Sketch of the medical history of the native army of Bombay, for the year
Year: 1872
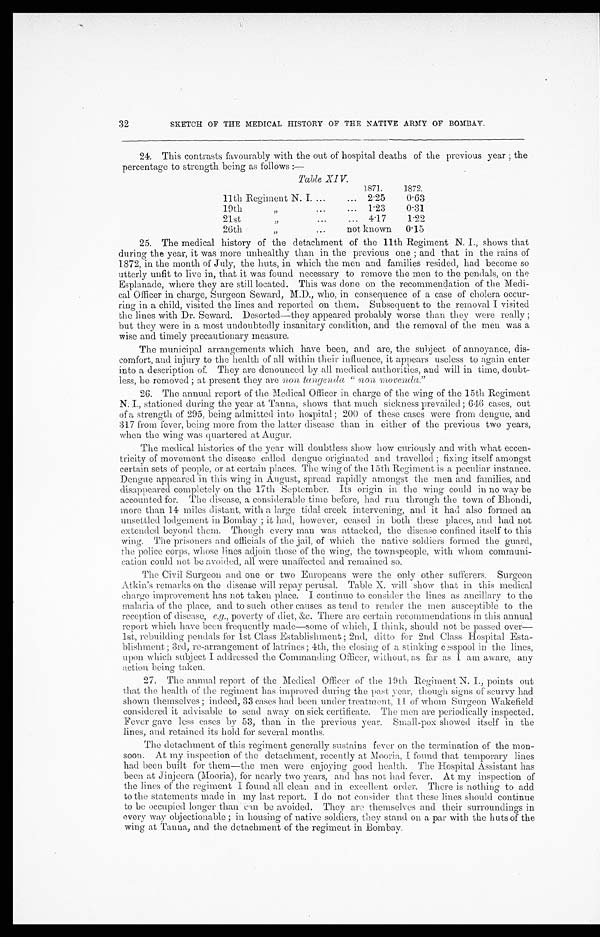
32
SKETCH OF THE MEDICAL HISTORY OF THE NATIVE ARMY OF BOMBAY.
24. This contrasts favourably with the out of hospital deaths of the previous year; the
percentage to strength being as follows:—
Table XI V.
11th Regiment N. I. . . .
1871.
1872.
2.25
0.63
19th " . . .
1.23
0.31
21st " . . .
4.17
1.22
26th " not known
0.15
25. The medical history of the detachment of the 11th Regiment N. I., shows that
during the year, it was more unhealthy than in the previous one; and that in the rains of
1872, in the month of July, the huts, in which the men and families resided, had become so
utterly unfit to live in, that it was found necessary to remove the men to the pendals, on the
Esplanade, where they are still located. This was done on the recommendation of the Medi
-
cal Officer in charge, Surgeon Seward, M.D., who, in consequence of a case of cholera occur
-
ring in a child, visited the lines and reported on them. Subsequent to the removal I visited
the lines with Dr. Seward. Deserted—they appeared probably worse than they were really ;
but they were in a most undoubtedly insanitary condition, and the removal of the men was a
wise and timely precautionary measure.
The municipal arrangements which have been, and are, the subject of annoyance, dis
-
comfort, and injury to the health of all within their influence, it appears useless to again enter
into a description of. They are denounced by all medical authorities, and will in time, doubt
-
less, be removed; at present they are non tangenda "non movenda."
26.
The annual report of the Medical Officer in charge of the wing of the 15th Regiment
N . I . , s t a t i o n e d d u r i n g t h e y e a r a t T a n n a , s h o w s t h a t m u c h s i c k n e s s p r e v a i l e d ; 6 4 6 c a s e s , o u t
of a strength of 295, being admitted into hospital; 200 of these cases were from dengue, and
317 from fever, being more from the latter disease than in either of the previous two years,
when the wing was quartered at Augur.
The medical histories of the year will doubtless show how curiously and with what eccen
-
tricity of movement the disease called dengue originated and travelled; fixing itself amongst
certain sets of people, or at certain places. The wing of the 15th Regiment is a peculiar instance.
Dengue appeared in this wing in August, spread rapidly amongst the men and families, and
disappeared completely on the 17th September. Its origin in the wing could in no way be
accounted for. The disease, a considerable time before, had run through the town of Bhondi,
more than 14 miles distant, with a large tidal creek intervening, and it had also formed an
unsettled lodgement in Bombay; it had, however, ceased in both these places, and had not
extended beyond them. Though every man was attacked, the disease confined itself to this
wing. The prisoners and officials of the jail, of which the native soldiers formed the guard,
the police corps, whose lines adjoin those of the wing, the townspeople, with whom communi
-
cation could not be avoided, all were unaffected and remained so.
The Civil Surgeon and one or two Europeans were the only other sufferers. Surgeon
Atkin's remarks on the disease will repay perusal. Table X. will show that in this medical
charge improvement has not taken place. I continue to consider the lines as ancillary to the
malaria of the place, and to such other causes as tend to render the men susceptible to the
reception of disease, e.g., poverty of diet, &c. There are certain recommendations in this annual
report which have been frequently made—some of which, I think, should not be passed over
—
1st, rebuilding pendals for 1st Class Establishment; 2nd, ditto for 2nd Class Hospital Esta
-
blishment; 3rd, re-arrangement of latrines; 4th, the closing of a stinking cesspool in the lines,
upon which subject I addressed the Commanding Officer, without, as far as I am aware, any
action being taken.
27. The annual report of the Medical Officer of the 19th Regiment N. I., points out
that the health of the regiment has improved during the past year, though signs of scurvy had
shown themselves; indeed, 33 cases had been under treatment, 11 of whom Surgeon Wakefield
considered it advisable to send away on sick certificate. The men are periodically inspected.
Fever gave less cases by 53, than in the previous year. Small-pox showed itself in the
lines, and retained its hold for several months.
The detachment of this regiment generally sustains fever on the termination of the mon
-
soon. At my inspection of the detachment, recently at Mooria, I found that temporary lines
had been built for them—the men were enjoying good health. The Hospital Assistant has
been at Jinjeera (Mooria), for nearly two years, and has not had fever. At my inspection of
the lines of the regiment I found all clean and in excellent order. There is nothing to add
to the statements made in my last report. I do not consider that these lines should continue
to be occupied longer than can be avoided. They are themselves and their surroundings in
every way objectionable; in housing of native soldiers, they stand on a par with the huts of the
wing at Tanna, and the detachment of the regiment in Bombay.